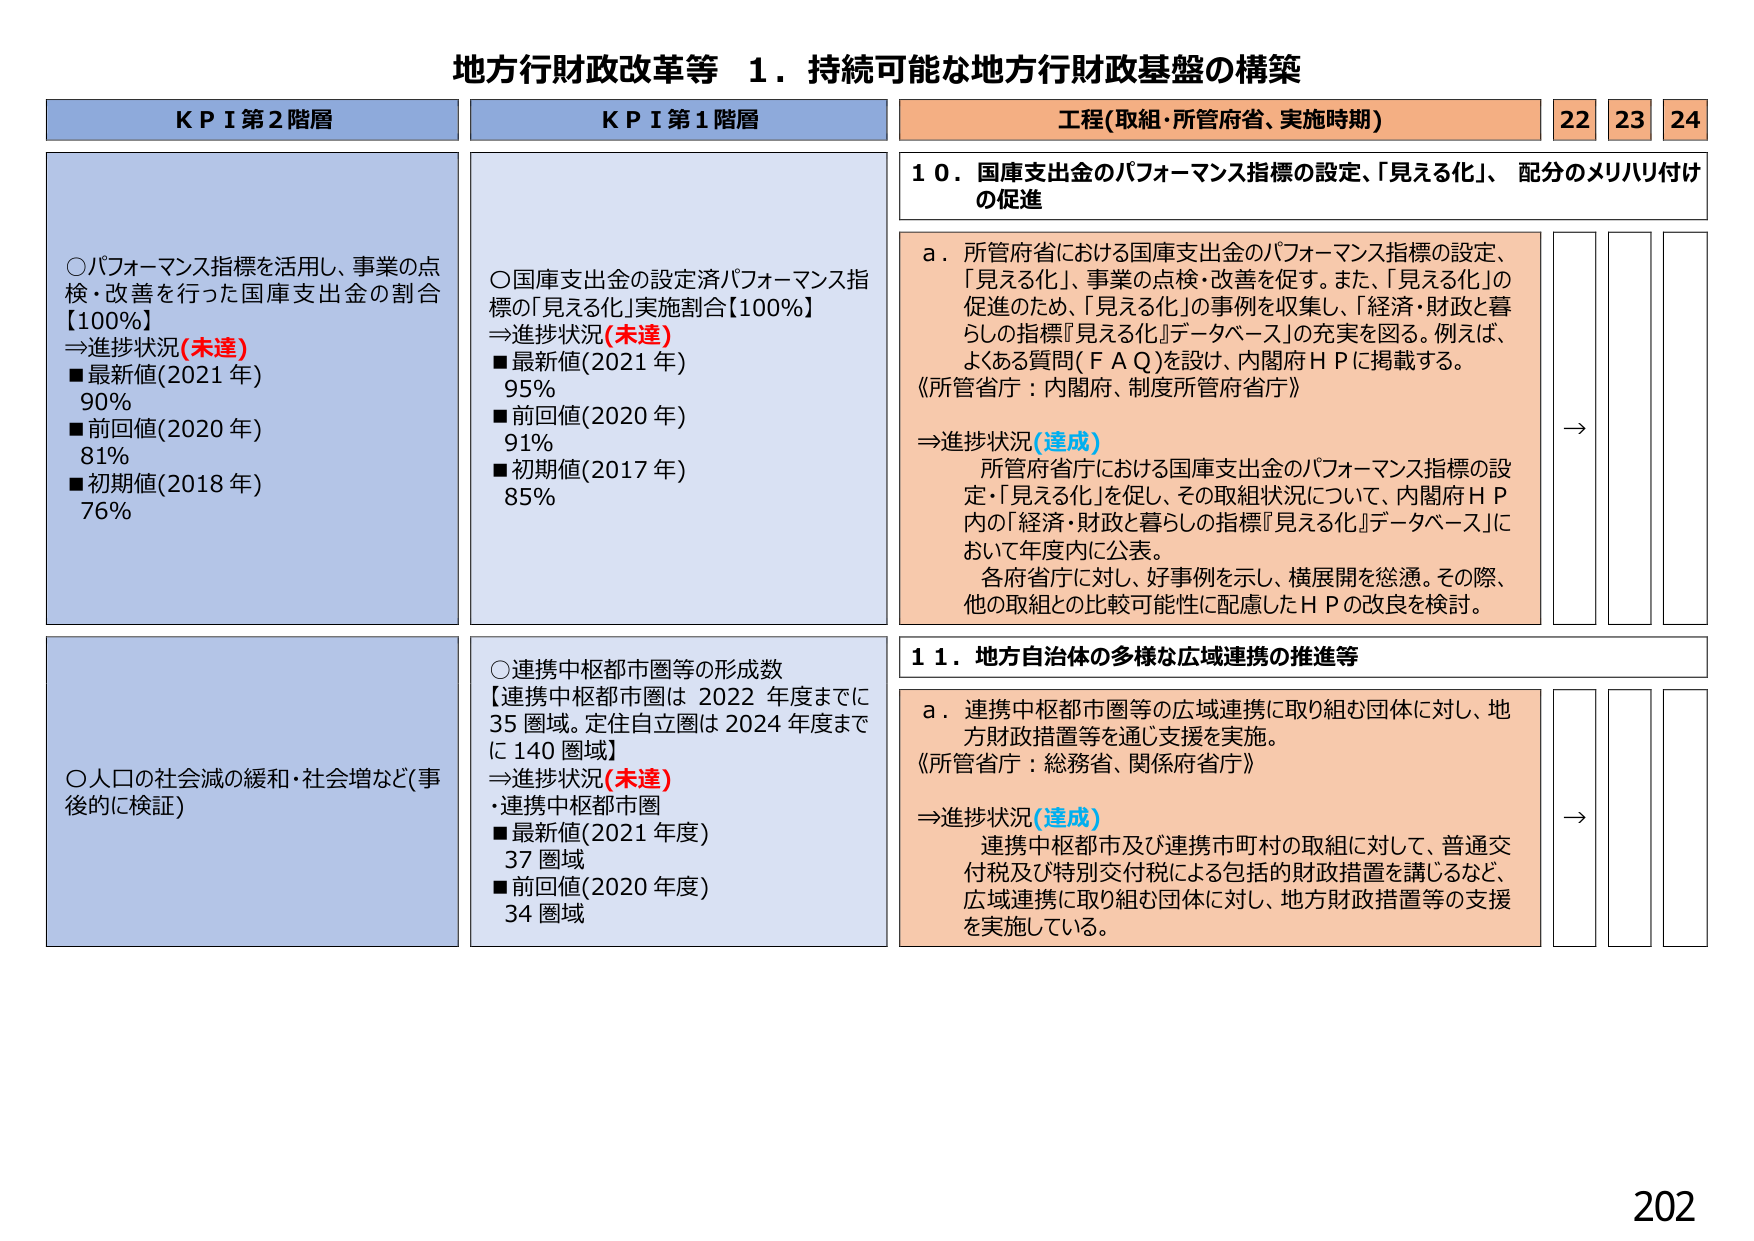
地方行財政改革等 １．持続可能な地方行財政基盤の構築

ＫＰＩ第２階層

○パフォーマンス指標を活用し、事業の点検・改善を行った国庫支出金の割合【100％】
⇒進捗状況(未達)
■最新値(2021年) 90％
■前回値(2020年) 81％
■初期値(2018年) 76％

○人口の社会減の緩和・社会増など(事後的に検証)

ＫＰＩ第１階層

○国庫支出金の設定済パフォーマンス指標の「見える化」実施割合【100％】
⇒進捗状況(未達)
■最新値(2021年) 95％
■前回値(2020年) 91％
■初期値(2017年) 85％

○連携中枢都市圏等の形成数
【連携中枢都市圏は2022年度までに35圏域。定住自立圏は2024年度までに140圏域】
⇒進捗状況(未達)
・連携中枢都市圏
■最新値(2021年度) 37圏域
■前回値(2020年度) 34圏域

工程(取組・所管府省、実施時期) 22 23 24

１０．国庫支出金のパフォーマンス指標の設定、「見える化」、配分のメリハリ付けの促進

ａ．所管府省における国庫支出金のパフォーマンス指標の設定、「見える化」、事業の点検・改善を促す。また、「見える化」の促進のため、「見える化」の事例を収集し、「経済・財政と暮らしの指標『見える化』データベース」の充実を図る。例えば、よくある質問（ＦＡＱ）を設け、内閣府ＨＰに掲載する。
《所管省庁：内閣府、制度所管府省庁》

⇒進捗状況(達成)
所管府省庁における国庫支出金のパフォーマンス指標の設定・「見える化」を促し、その取組状況について、内閣府ＨＰ内の「経済・財政と暮らしの指標『見える化』データベース」において年度内に公表。
各府省庁に対し、好事例を示し、横展開を懸念。その際、他の取組との比較可能性に配慮したＨＰの改良を検討。

１１．地方自治体の多様な広域連携の推進等

ａ．連携中枢都市圏等の広域連携に取り組む団体に対し、地方財政措置等を通じ支援を実施。
《所管省庁：総務省、関係府省庁》

⇒進捗状況(達成)
連携中枢都市及び連携市町村の取組に対して、普通交付税及び特別交付税による包括的財政措置を講じるなど、広域連携に取り組む団体に対し、地方財政措置等の支援を実施している。

→
→

202